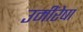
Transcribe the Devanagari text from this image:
उमींरेषा